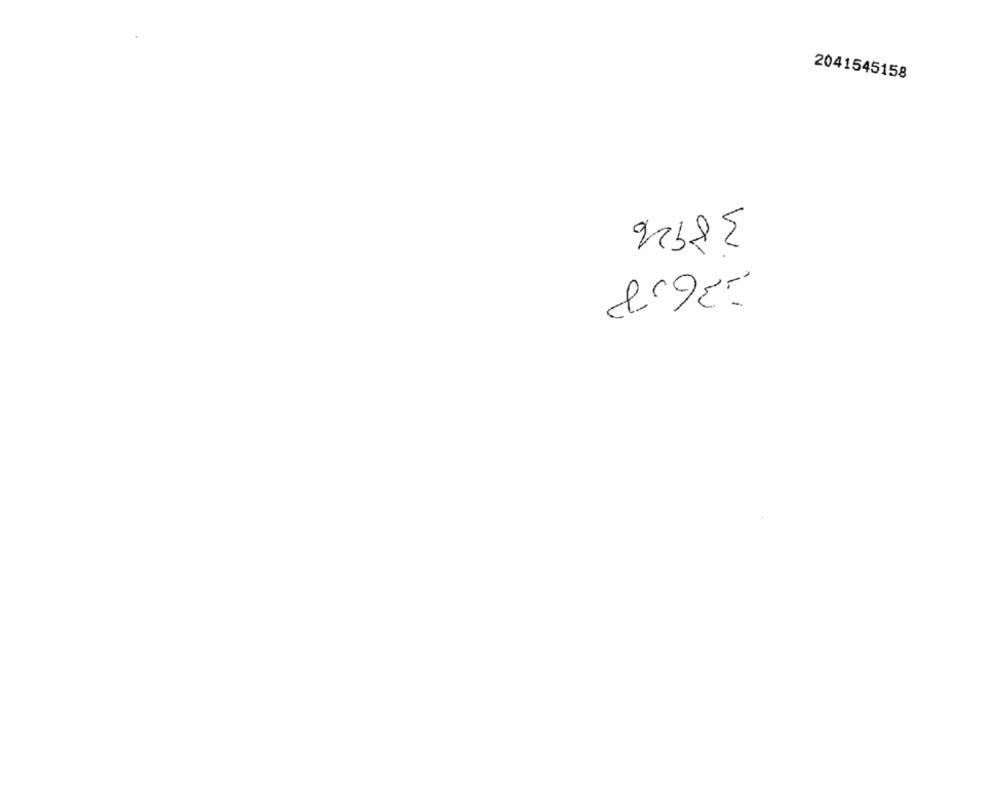
2041545158
N
1